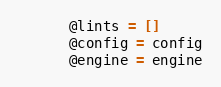
Language: Ruby
      @lints = []
      @config = config
      @engine = engine